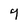
Character: 9